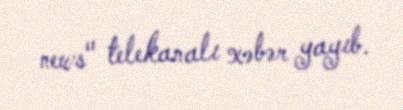
news" telekanalı xəbər yayıb.